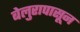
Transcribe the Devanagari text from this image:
बेलुरापासून